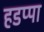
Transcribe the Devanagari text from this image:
हडप्‍पा